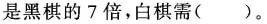
是黑棋的7倍，白棋需()。